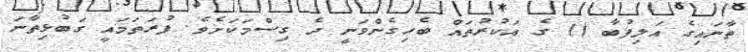
ތާނައިގެ އަލިފުބާ () ގެ އަކުރުތައް ބެހިގެންވަނީ ދެ ގިސްމަކަށެވެ. ފުރަތަމައީ ގަބުޅިތާނަ